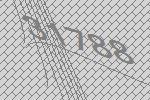
31788